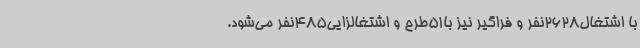
با اشتغال2628نفر و فراگیر نیز با51طرح و اشتغالزایی485نفر می‌شود.